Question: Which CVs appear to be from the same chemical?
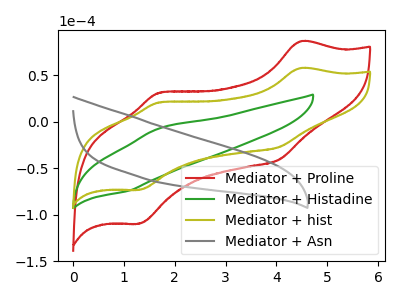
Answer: <think>The red curve "Mediator + Proline" has anodic peaks at (4.50V, 86.85uA) (1.70V, 31.40uA) and cathodic peaks at (4.05V, -40.80uA) (1.30V, -109.70uA). The green curve "Mediator + Histadine" has an anodic peak at (1.70V, -7.05uA) and a cathodic peak at (1.10V, -74.25uA). The olive curve "Mediator + hist" has anodic peaks at (4.50V, 57.95uA) (1.70V, 20.95uA) and cathodic peaks at (4.05V, -27.25uA) (1.30V, -73.25uA). The gray curve "Mediator + Asn" has no peaks.
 "Mediator + Proline" and "Mediator + Histadine" have a different number of peaks. All the peaks in "Mediator + Proline" have a peak in "Mediator + hist" at the same potential. Every peak in "Mediator + Proline" is higher than every peak in "Mediator + hist". "Mediator + Proline" and "Mediator + Asn" have a different number of peaks. "Mediator + Histadine" and "Mediator + hist" have a different number of peaks. "Mediator + Histadine" and "Mediator + Asn" have a different number of peaks. "Mediator + hist" and "Mediator + Asn" have a different number of peaks.</think>
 <answer>"Mediator + hist" and "Mediator + Proline" have the same shape and are likely CV's of the same chemical.</answer>
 <eval>"Mediator + hist" "Mediator + Proline"</eval>